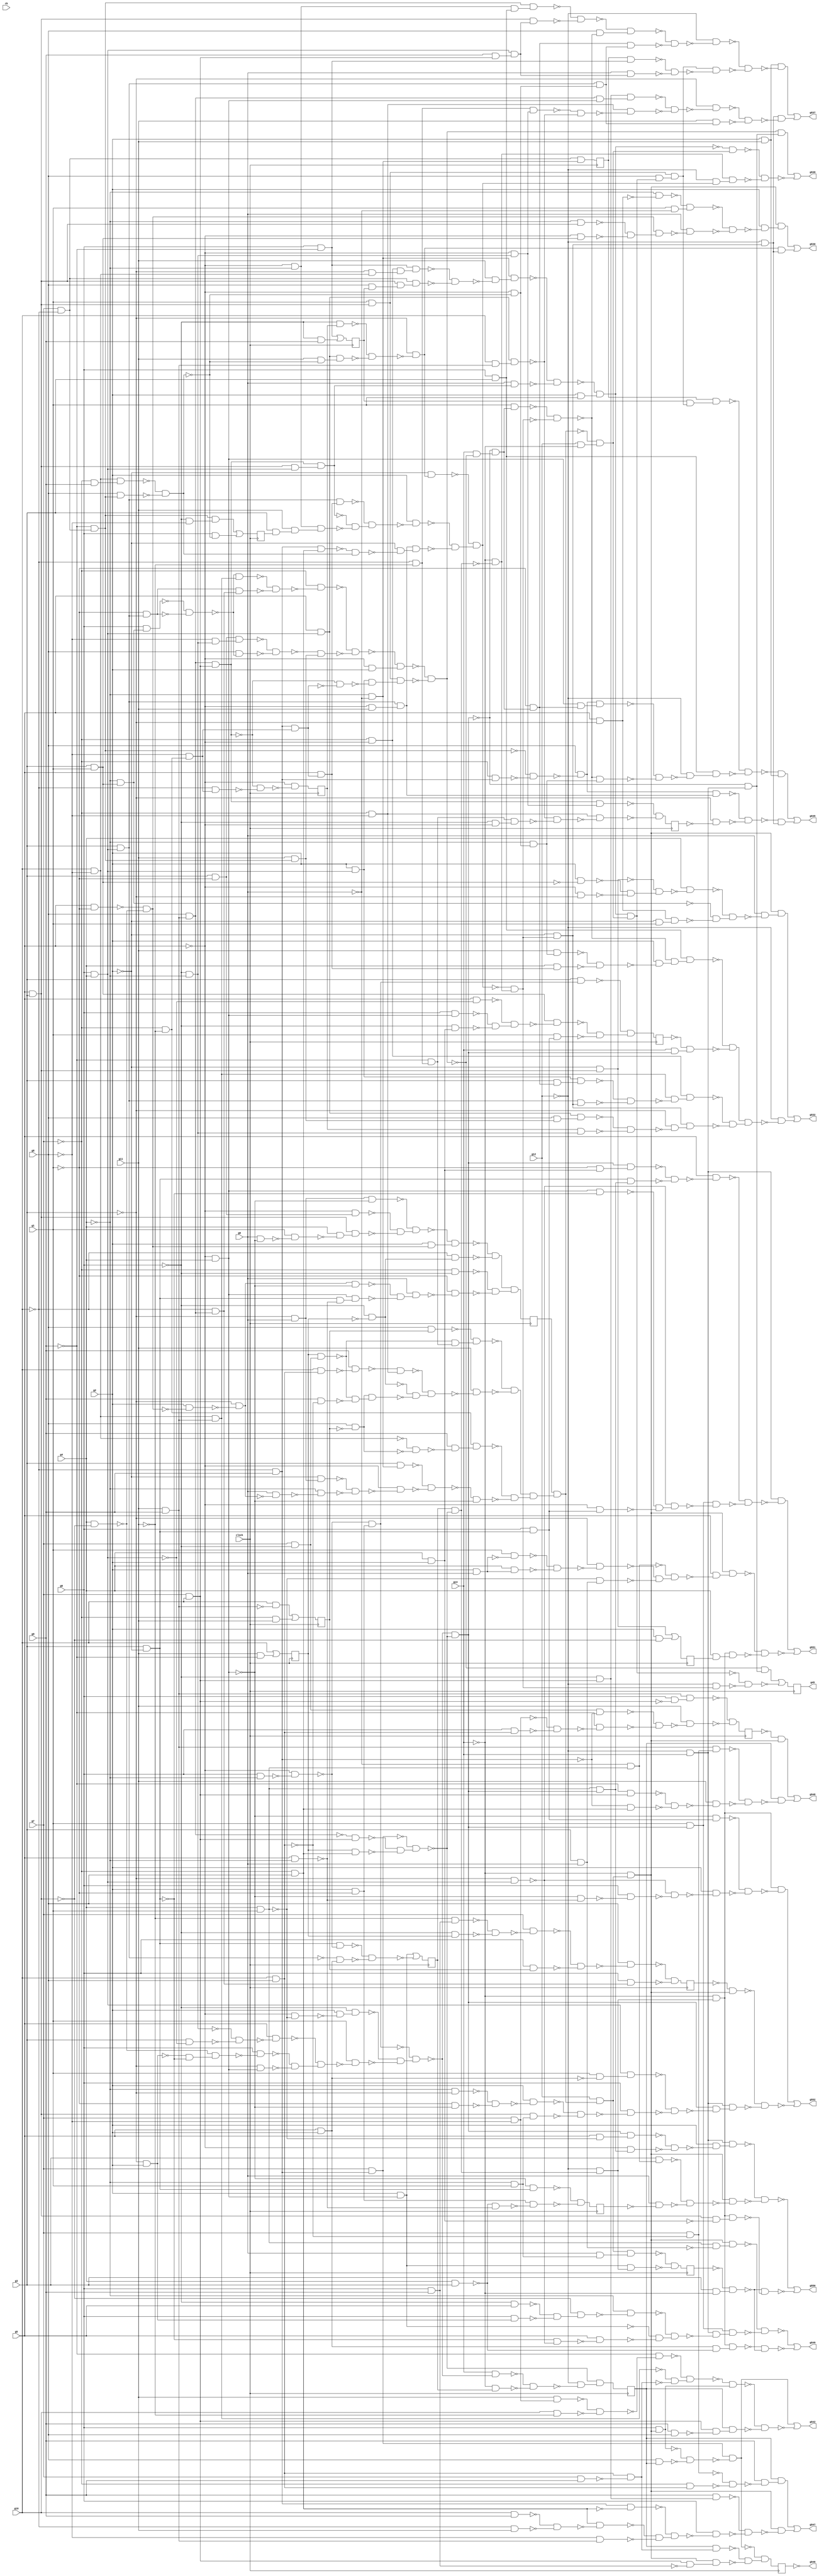
module top ( clock, 
    ck, g7, g6, g5, g4, g10, g3, g2, g12, g1, g11, g0, g13, g9, g8,
    g535, g546, g537, g548, g547, g539, g549, g551, g530, g552, g542, g532,
    g550, g45  );
  input  clock;
  input  ck, g7, g6, g5, g4, g10, g3, g2, g12, g1, g11, g0, g13, g9, g8;
  output g535, g546, g537, g548, g547, g539, g549, g551, g530, g552, g542,
    g532, g550, g45;
  reg ng38, ng39, ng36, ng35, ng37, ng42, ng43, ng40, ng41, ng30, ng46,
    ng29, ng44, ng45, ng34, ng33, ng32, ng31;
  wire new_n84_, new_n85_1_, new_n86_, new_n87_, new_n88_, new_n89_,
    new_n90_1_, new_n91_, new_n92_, new_n93_, new_n94_, new_n95_1_,
    new_n96_, new_n97_, new_n98_, new_n99_, new_n100_1_, new_n101_,
    new_n102_, new_n103_, new_n104_, new_n105_1_, new_n106_, new_n107_,
    new_n108_, new_n109_, new_n110_1_, new_n111_, new_n112_, new_n113_,
    new_n114_, new_n115_1_, new_n116_, new_n117_, new_n118_, new_n119_,
    new_n120_1_, new_n121_, new_n122_, new_n123_, new_n124_, new_n125_1_,
    new_n126_, new_n127_, new_n128_, new_n129_, new_n130_1_, new_n131_,
    new_n132_, new_n133_, new_n134_, new_n135_1_, new_n136_, new_n137_,
    new_n138_, new_n139_, new_n140_1_, new_n141_, new_n142_, new_n143_,
    new_n144_, new_n145_1_, new_n146_, new_n147_, new_n148_, new_n149_,
    new_n150_, new_n151_, new_n152_, new_n153_, new_n154_, new_n155_,
    new_n156_, new_n157_, new_n158_, new_n159_, new_n160_, new_n161_,
    new_n162_, new_n163_, new_n164_, new_n165_, new_n166_, new_n167_,
    new_n168_, new_n169_, new_n170_, new_n171_, new_n172_, new_n173_,
    new_n174_, new_n175_, new_n176_, new_n177_, new_n178_, new_n179_,
    new_n180_, new_n181_, new_n182_, new_n183_, new_n184_, new_n185_,
    new_n186_, new_n187_, new_n188_, new_n189_, new_n190_, new_n191_,
    new_n192_, new_n193_, new_n194_, new_n195_, new_n196_, new_n197_,
    new_n198_, new_n199_, new_n200_, new_n201_, new_n202_, new_n203_,
    new_n204_, new_n205_, new_n206_, new_n207_, new_n208_, new_n209_,
    new_n210_, new_n211_, new_n212_, new_n213_, new_n214_, new_n215_,
    new_n216_, new_n217_, new_n218_, new_n219_, new_n220_, new_n221_,
    new_n222_, new_n223_, new_n224_, new_n225_, new_n226_, new_n227_,
    new_n228_, new_n229_, new_n230_, new_n231_, new_n232_, new_n233_,
    new_n234_, new_n235_, new_n236_, new_n237_, new_n238_, new_n239_,
    new_n240_, new_n241_, new_n242_, new_n243_, new_n244_, new_n245_,
    new_n246_, new_n247_, new_n248_, new_n249_, new_n250_, new_n251_,
    new_n252_, new_n253_, new_n254_, new_n255_, new_n256_, new_n257_,
    new_n258_, new_n259_, new_n260_, new_n261_, new_n262_, new_n263_,
    new_n264_, new_n265_, new_n266_, new_n267_, new_n268_, new_n269_,
    new_n270_, new_n271_, new_n272_, new_n273_, new_n274_, new_n275_,
    new_n276_, new_n277_, new_n278_, new_n280_, new_n281_, new_n282_,
    new_n283_, new_n284_, new_n285_, new_n286_, new_n287_, new_n288_,
    new_n289_, new_n290_, new_n291_, new_n292_, new_n293_, new_n294_,
    new_n295_, new_n296_, new_n297_, new_n298_, new_n299_, new_n300_,
    new_n301_, new_n302_, new_n303_, new_n304_, new_n305_, new_n306_,
    new_n307_, new_n308_, new_n309_, new_n310_, new_n311_, new_n313_,
    new_n314_, new_n315_, new_n316_, new_n317_, new_n318_, new_n319_,
    new_n320_, new_n321_, new_n322_, new_n323_, new_n325_, new_n326_,
    new_n327_, new_n328_, new_n329_, new_n330_, new_n331_, new_n332_,
    new_n333_, new_n334_, new_n335_, new_n336_, new_n337_, new_n338_,
    new_n339_, new_n340_, new_n342_, new_n343_, new_n344_, new_n345_,
    new_n346_, new_n347_, new_n348_, new_n350_, new_n351_, new_n352_,
    new_n353_, new_n354_, new_n355_, new_n356_, new_n357_, new_n358_,
    new_n359_, new_n360_, new_n361_, new_n362_, new_n363_, new_n364_,
    new_n365_, new_n366_, new_n367_, new_n368_, new_n369_, new_n370_,
    new_n371_, new_n372_, new_n373_, new_n374_, new_n375_, new_n376_,
    new_n378_, new_n379_, new_n380_, new_n381_, new_n382_, new_n383_,
    new_n384_, new_n385_, new_n386_, new_n387_, new_n388_, new_n389_,
    new_n390_, new_n391_, new_n392_, new_n393_, new_n394_, new_n395_,
    new_n396_, new_n397_, new_n398_, new_n399_, new_n400_, new_n401_,
    new_n402_, new_n403_, new_n404_, new_n405_, new_n406_, new_n408_,
    new_n409_, new_n410_, new_n411_, new_n412_, new_n413_, new_n414_,
    new_n415_, new_n416_, new_n417_, new_n418_, new_n419_, new_n420_,
    new_n422_, new_n423_, new_n424_, new_n425_, new_n426_, new_n427_,
    new_n428_, new_n429_, new_n430_, new_n431_, new_n432_, new_n433_,
    new_n434_, new_n435_, new_n436_, new_n437_, new_n438_, new_n439_,
    new_n440_, new_n441_, new_n442_, new_n443_, new_n444_, new_n446_,
    new_n447_, new_n448_, new_n449_, new_n450_, new_n451_, new_n452_,
    new_n453_, new_n454_, new_n455_, new_n456_, new_n457_, new_n458_,
    new_n459_, new_n460_, new_n461_, new_n462_, new_n463_, new_n465_,
    new_n466_, new_n467_, new_n468_, new_n469_, new_n470_, new_n471_,
    new_n472_, new_n473_, new_n474_, new_n475_, new_n476_, new_n477_,
    new_n478_, new_n479_, new_n480_, new_n481_, new_n482_, new_n483_,
    new_n484_, new_n485_, new_n486_, new_n487_, new_n488_, new_n489_,
    new_n490_, new_n491_, new_n492_, new_n493_, new_n494_, new_n495_,
    new_n496_, new_n497_, new_n498_, new_n499_, new_n500_, new_n502_,
    new_n503_, new_n504_, new_n505_, new_n506_, new_n507_, new_n508_,
    new_n509_, new_n510_, new_n511_, new_n512_, new_n513_, new_n514_,
    new_n515_, new_n518_, new_n520_, new_n521_, new_n523_, new_n524_,
    new_n525_, new_n527_, new_n529_, new_n530_, new_n531_, new_n532_,
    new_n533_, new_n534_, new_n535_, new_n536_, new_n538_, new_n539_,
    new_n540_, new_n541_, new_n542_, new_n543_, new_n544_, new_n545_,
    new_n546_, new_n548_, new_n549_, new_n550_, new_n551_, new_n552_,
    new_n553_, new_n554_, new_n555_, new_n556_, new_n558_, new_n559_,
    new_n560_, new_n561_, new_n563_, new_n565_, new_n566_, new_n567_,
    new_n568_, new_n569_, new_n570_, new_n571_, new_n572_, new_n573_,
    new_n574_, new_n575_, new_n576_, new_n577_, new_n578_, new_n579_,
    new_n580_, new_n581_, new_n582_, new_n583_, new_n584_, new_n586_,
    new_n587_, new_n588_, new_n590_, new_n591_, new_n592_, new_n593_,
    new_n594_, new_n596_, new_n597_, new_n598_, new_n600_, new_n601_,
    new_n602_, new_n603_, new_n605_, new_n606_, new_n607_, new_n609_,
    new_n610_, new_n611_, new_n613_, new_n614_, n60, n65, n70, n75, n80,
    n85, n90, n95, n100, n105, n110, n115, n120, n125, n130, n135, n140,
    n145;
  assign new_n84_ = g10 & ~g8;
  assign new_n85_1_ = ~g7 & ~g5;
  assign new_n86_ = g6 & ~g9;
  assign new_n87_ = ~g3 & new_n84_;
  assign new_n88_ = new_n85_1_ & new_n87_;
  assign new_n89_ = new_n86_ & new_n88_;
  assign new_n90_1_ = g5 & g3;
  assign new_n91_ = g7 & ~g10;
  assign new_n92_ = g8 & ng37;
  assign new_n93_ = new_n90_1_ & new_n92_;
  assign new_n94_ = new_n91_ & new_n93_;
  assign new_n95_1_ = ~new_n89_ & ~new_n94_;
  assign new_n96_ = ~g4 & ~g0;
  assign new_n97_ = g11 & ~new_n95_1_;
  assign new_n98_ = new_n96_ & new_n97_;
  assign new_n99_ = g6 & g4;
  assign new_n100_1_ = g11 & g9;
  assign new_n101_ = g8 & new_n100_1_;
  assign new_n102_ = g7 & g10;
  assign new_n103_ = new_n101_ & new_n102_;
  assign new_n104_ = new_n90_1_ & new_n99_;
  assign new_n105_1_ = new_n103_ & new_n104_;
  assign new_n106_ = g0 & new_n105_1_;
  assign new_n107_ = ~new_n98_ & ~new_n106_;
  assign new_n108_ = g2 & g1;
  assign new_n109_ = ~new_n107_ & new_n108_;
  assign new_n110_1_ = g7 & ~g6;
  assign new_n111_ = ng30 & new_n110_1_;
  assign new_n112_ = ~g10 & ~g11;
  assign new_n113_ = ~g9 & new_n112_;
  assign new_n114_ = g8 & ng31;
  assign new_n115_1_ = ~new_n111_ & new_n113_;
  assign new_n116_ = ~new_n114_ & new_n115_1_;
  assign new_n117_ = ~g6 & ~ng30;
  assign new_n118_ = g10 & g8;
  assign new_n119_ = g9 & ~new_n118_;
  assign new_n120_1_ = g8 & ~ng31;
  assign new_n121_ = ~new_n111_ & ~new_n119_;
  assign new_n122_ = new_n120_1_ & new_n121_;
  assign new_n123_ = g10 & new_n118_;
  assign new_n124_ = g9 & ~new_n123_;
  assign new_n125_1_ = ~g7 & ~g8;
  assign new_n126_ = ~new_n124_ & new_n125_1_;
  assign new_n127_ = ~new_n117_ & ~new_n122_;
  assign new_n128_ = ~new_n126_ & new_n127_;
  assign new_n129_ = g11 & ~new_n128_;
  assign new_n130_1_ = ~new_n84_ & ~new_n120_1_;
  assign new_n131_ = ~g7 & ~g11;
  assign new_n132_ = g9 & ~new_n130_1_;
  assign new_n133_ = new_n131_ & new_n132_;
  assign new_n134_ = g3 & new_n96_;
  assign new_n135_1_ = ~g3 & g0;
  assign new_n136_ = ~g2 & new_n135_1_;
  assign new_n137_ = g5 & ~g1;
  assign new_n138_ = g4 & ~new_n90_1_;
  assign new_n139_ = ~new_n137_ & ~new_n138_;
  assign new_n140_1_ = g2 & ~new_n139_;
  assign new_n141_ = ~g3 & ~new_n140_1_;
  assign new_n142_ = g0 & ~new_n141_;
  assign new_n143_ = ~g4 & ~new_n142_;
  assign new_n144_ = ~new_n136_ & ~new_n143_;
  assign new_n145_1_ = ~g5 & ~new_n144_;
  assign new_n146_ = ~new_n134_ & ~new_n145_1_;
  assign new_n147_ = ~g5 & g4;
  assign new_n148_ = ~new_n146_ & ~new_n147_;
  assign new_n149_ = ~new_n116_ & ~new_n129_;
  assign new_n150_ = ~new_n133_ & ~new_n148_;
  assign new_n151_ = new_n149_ & new_n150_;
  assign new_n152_ = ng46 & new_n151_;
  assign new_n153_ = g12 & ~g13;
  assign new_n154_ = ~new_n152_ & new_n153_;
  assign new_n155_ = new_n109_ & new_n154_;
  assign new_n156_ = g1 & new_n90_1_;
  assign new_n157_ = g8 & new_n155_;
  assign new_n158_ = new_n156_ & new_n157_;
  assign new_n159_ = ng37 & new_n158_;
  assign new_n160_ = ng38 & new_n159_;
  assign new_n161_ = g3 & g1;
  assign new_n162_ = ~g4 & new_n161_;
  assign new_n163_ = g6 & new_n162_;
  assign new_n164_ = g3 & new_n99_;
  assign new_n165_ = ~g1 & new_n164_;
  assign new_n166_ = ~new_n163_ & ~new_n165_;
  assign new_n167_ = new_n84_ & new_n100_1_;
  assign new_n168_ = ~new_n166_ & new_n167_;
  assign new_n169_ = ~g10 & new_n101_;
  assign new_n170_ = new_n165_ & new_n169_;
  assign new_n171_ = ~new_n168_ & ~new_n170_;
  assign new_n172_ = ~g7 & ~new_n171_;
  assign new_n173_ = ~g6 & ~g4;
  assign new_n174_ = g3 & ~g1;
  assign new_n175_ = ~g8 & new_n173_;
  assign new_n176_ = new_n174_ & new_n175_;
  assign new_n177_ = g8 & ~new_n166_;
  assign new_n178_ = ~new_n176_ & ~new_n177_;
  assign new_n179_ = ~g9 & new_n91_;
  assign new_n180_ = g11 & new_n179_;
  assign new_n181_ = ~new_n178_ & new_n180_;
  assign new_n182_ = ~new_n172_ & ~new_n181_;
  assign new_n183_ = ~g5 & g2;
  assign new_n184_ = ~new_n182_ & new_n183_;
  assign new_n185_ = g2 & new_n99_;
  assign new_n186_ = ~g10 & g9;
  assign new_n187_ = ~g8 & new_n131_;
  assign new_n188_ = new_n186_ & new_n187_;
  assign new_n189_ = ~new_n103_ & ~new_n188_;
  assign new_n190_ = new_n185_ & ~new_n189_;
  assign new_n191_ = new_n156_ & new_n190_;
  assign new_n192_ = ~new_n184_ & ~new_n191_;
  assign new_n193_ = g4 & g1;
  assign new_n194_ = ~g5 & ~new_n193_;
  assign new_n195_ = g2 & ~new_n194_;
  assign new_n196_ = ~g6 & new_n195_;
  assign new_n197_ = ~g3 & g2;
  assign new_n198_ = g3 & ~g2;
  assign new_n199_ = ~new_n197_ & ~new_n198_;
  assign new_n200_ = ~new_n138_ & new_n199_;
  assign new_n201_ = g6 & ~new_n200_;
  assign new_n202_ = ~g3 & new_n147_;
  assign new_n203_ = g3 & ~new_n99_;
  assign new_n204_ = ~new_n173_ & ~new_n203_;
  assign new_n205_ = g5 & ~new_n204_;
  assign new_n206_ = ~new_n201_ & ~new_n202_;
  assign new_n207_ = ~new_n205_ & new_n206_;
  assign new_n208_ = g1 & ~new_n207_;
  assign new_n209_ = g6 & ~g4;
  assign new_n210_ = ~g5 & ~new_n209_;
  assign new_n211_ = g2 & ~g1;
  assign new_n212_ = ~new_n210_ & new_n211_;
  assign new_n213_ = ~new_n196_ & ~new_n208_;
  assign new_n214_ = ~new_n212_ & new_n213_;
  assign new_n215_ = ~new_n101_ & new_n102_;
  assign new_n216_ = ~g7 & g8;
  assign new_n217_ = ng30 & new_n216_;
  assign new_n218_ = g7 & new_n186_;
  assign new_n219_ = ~new_n215_ & ~new_n217_;
  assign new_n220_ = ~new_n218_ & new_n219_;
  assign new_n221_ = ~new_n214_ & ~new_n220_;
  assign new_n222_ = g13 & ~new_n192_;
  assign new_n223_ = ~new_n221_ & new_n222_;
  assign new_n224_ = ~g1 & new_n223_;
  assign new_n225_ = ~g7 & new_n186_;
  assign new_n226_ = ~new_n179_ & ~new_n225_;
  assign new_n227_ = g8 & ~new_n226_;
  assign new_n228_ = new_n147_ & new_n224_;
  assign new_n229_ = new_n227_ & new_n228_;
  assign new_n230_ = g1 & new_n223_;
  assign new_n231_ = ~g5 & ~g4;
  assign new_n232_ = g3 & ng35;
  assign new_n233_ = g11 & new_n232_;
  assign new_n234_ = new_n231_ & new_n233_;
  assign new_n235_ = g5 & new_n188_;
  assign new_n236_ = new_n164_ & new_n235_;
  assign new_n237_ = ~new_n105_1_ & ~new_n234_;
  assign new_n238_ = ~new_n236_ & new_n237_;
  assign new_n239_ = g2 & ~new_n238_;
  assign new_n240_ = new_n186_ & new_n216_;
  assign new_n241_ = ~g7 & g9;
  assign new_n242_ = new_n84_ & new_n241_;
  assign new_n243_ = g8 & new_n179_;
  assign new_n244_ = ~new_n242_ & ~new_n243_;
  assign new_n245_ = ~new_n240_ & new_n244_;
  assign new_n246_ = ~g5 & g11;
  assign new_n247_ = new_n164_ & new_n246_;
  assign new_n248_ = ~g2 & ~new_n245_;
  assign new_n249_ = new_n247_ & new_n248_;
  assign new_n250_ = ~g6 & ng36;
  assign new_n251_ = g5 & new_n99_;
  assign new_n252_ = g11 & ~new_n244_;
  assign new_n253_ = new_n251_ & new_n252_;
  assign new_n254_ = ~new_n250_ & ~new_n253_;
  assign new_n255_ = ~g3 & ~new_n254_;
  assign new_n256_ = ~g2 & new_n255_;
  assign new_n257_ = ~new_n239_ & ~new_n249_;
  assign new_n258_ = ~new_n256_ & new_n257_;
  assign new_n259_ = ng32 & ~new_n220_;
  assign new_n260_ = ~g13 & ~new_n259_;
  assign new_n261_ = ~new_n258_ & new_n260_;
  assign new_n262_ = ~new_n230_ & ~new_n261_;
  assign new_n263_ = ~g5 & ~new_n244_;
  assign new_n264_ = ~g4 & new_n263_;
  assign new_n265_ = ~new_n262_ & new_n264_;
  assign new_n266_ = ~new_n229_ & ~new_n265_;
  assign new_n267_ = g6 & g3;
  assign new_n268_ = ~g12 & ~new_n266_;
  assign new_n269_ = new_n267_ & new_n268_;
  assign new_n270_ = ~new_n160_ & ~new_n269_;
  assign new_n271_ = g2 & g11;
  assign new_n272_ = ~new_n270_ & new_n271_;
  assign new_n273_ = new_n227_ & new_n247_;
  assign new_n274_ = ~g3 & ~ng44;
  assign new_n275_ = ~new_n273_ & ~new_n274_;
  assign new_n276_ = ~g2 & new_n261_;
  assign new_n277_ = ~g12 & new_n276_;
  assign new_n278_ = ~new_n275_ & new_n277_;
  assign g535 = new_n272_ | new_n278_;
  assign new_n280_ = new_n231_ & new_n267_;
  assign new_n281_ = new_n179_ & new_n280_;
  assign new_n282_ = g9 & new_n102_;
  assign new_n283_ = new_n99_ & new_n282_;
  assign new_n284_ = new_n90_1_ & new_n283_;
  assign new_n285_ = ~new_n281_ & ~new_n284_;
  assign new_n286_ = g8 & ~new_n262_;
  assign new_n287_ = ~new_n285_ & new_n286_;
  assign new_n288_ = new_n164_ & new_n263_;
  assign new_n289_ = new_n224_ & new_n288_;
  assign new_n290_ = ~new_n287_ & ~new_n289_;
  assign new_n291_ = ~g12 & ~new_n290_;
  assign new_n292_ = ng38 & new_n86_;
  assign new_n293_ = g0 & new_n283_;
  assign new_n294_ = ~new_n292_ & ~new_n293_;
  assign new_n295_ = new_n158_ & ~new_n294_;
  assign new_n296_ = ~new_n291_ & ~new_n295_;
  assign new_n297_ = new_n271_ & ~new_n296_;
  assign new_n298_ = ~g6 & new_n102_;
  assign new_n299_ = new_n101_ & new_n147_;
  assign new_n300_ = new_n298_ & new_n299_;
  assign new_n301_ = ~g5 & new_n173_;
  assign new_n302_ = new_n112_ & new_n301_;
  assign new_n303_ = g10 & new_n100_1_;
  assign new_n304_ = new_n251_ & new_n303_;
  assign new_n305_ = ~new_n302_ & ~new_n304_;
  assign new_n306_ = new_n125_1_ & ~new_n305_;
  assign new_n307_ = ~new_n300_ & ~new_n306_;
  assign new_n308_ = ~g3 & ~new_n307_;
  assign new_n309_ = g11 & new_n288_;
  assign new_n310_ = ~new_n308_ & ~new_n309_;
  assign new_n311_ = new_n277_ & ~new_n310_;
  assign g537 = new_n297_ | new_n311_;
  assign new_n313_ = g12 & new_n152_;
  assign new_n314_ = ~g13 & new_n313_;
  assign new_n315_ = ~ng42 & new_n314_;
  assign new_n316_ = g7 & ~new_n118_;
  assign new_n317_ = new_n100_1_ & new_n316_;
  assign new_n318_ = ~g9 & new_n102_;
  assign new_n319_ = ~new_n186_ & new_n216_;
  assign new_n320_ = ~new_n318_ & ~new_n319_;
  assign new_n321_ = g11 & ~new_n320_;
  assign new_n322_ = ~new_n317_ & ~new_n321_;
  assign new_n323_ = ng34 & ~new_n322_;
  assign g548 = new_n315_ | new_n323_;
  assign new_n325_ = ~g7 & new_n118_;
  assign new_n326_ = ~new_n316_ & ~new_n325_;
  assign new_n327_ = g9 & ~new_n326_;
  assign new_n328_ = ng34 & new_n327_;
  assign new_n329_ = g9 & new_n298_;
  assign new_n330_ = g10 & g9;
  assign new_n331_ = ~g10 & g11;
  assign new_n332_ = ~new_n330_ & ~new_n331_;
  assign new_n333_ = new_n216_ & ~new_n332_;
  assign new_n334_ = ~g8 & new_n100_1_;
  assign new_n335_ = new_n186_ & ~new_n216_;
  assign new_n336_ = ~new_n333_ & ~new_n334_;
  assign new_n337_ = ~new_n335_ & new_n336_;
  assign new_n338_ = g6 & ~new_n337_;
  assign new_n339_ = ~new_n329_ & ~new_n338_;
  assign new_n340_ = new_n314_ & ~new_n339_;
  assign g547 = new_n328_ | new_n340_;
  assign new_n342_ = ~new_n109_ & new_n154_;
  assign new_n343_ = ~g12 & new_n258_;
  assign new_n344_ = new_n260_ & new_n343_;
  assign new_n345_ = ~g12 & g13;
  assign new_n346_ = ~new_n221_ & new_n345_;
  assign new_n347_ = new_n192_ & new_n346_;
  assign new_n348_ = ~new_n342_ & ~new_n344_;
  assign g539 = new_n347_ | ~new_n348_;
  assign new_n350_ = g3 & g0;
  assign new_n351_ = new_n193_ & ~new_n350_;
  assign new_n352_ = new_n314_ & new_n351_;
  assign new_n353_ = g2 & new_n147_;
  assign new_n354_ = ~g3 & new_n99_;
  assign new_n355_ = ~new_n198_ & ~new_n354_;
  assign new_n356_ = g5 & ~new_n355_;
  assign new_n357_ = ~g6 & g5;
  assign new_n358_ = g6 & new_n197_;
  assign new_n359_ = ~new_n357_ & ~new_n358_;
  assign new_n360_ = ~new_n90_1_ & new_n359_;
  assign new_n361_ = ~g4 & ~new_n360_;
  assign new_n362_ = ~new_n353_ & ~new_n356_;
  assign new_n363_ = ~new_n361_ & new_n362_;
  assign new_n364_ = g1 & new_n221_;
  assign new_n365_ = new_n345_ & ~new_n363_;
  assign new_n366_ = new_n364_ & new_n365_;
  assign new_n367_ = g5 & g2;
  assign new_n368_ = g4 & g3;
  assign new_n369_ = ~g12 & new_n259_;
  assign new_n370_ = ~g13 & new_n369_;
  assign new_n371_ = new_n367_ & ~new_n368_;
  assign new_n372_ = new_n370_ & new_n371_;
  assign new_n373_ = g3 & ~g13;
  assign new_n374_ = ~ng33 & new_n373_;
  assign new_n375_ = ~new_n352_ & ~new_n366_;
  assign new_n376_ = ~new_n372_ & ~new_n374_;
  assign g549 = ~new_n375_ | ~new_n376_;
  assign new_n378_ = g2 & g0;
  assign new_n379_ = g1 & ~new_n378_;
  assign new_n380_ = g4 & new_n378_;
  assign new_n381_ = ~new_n379_ & ~new_n380_;
  assign new_n382_ = ~g3 & ~new_n381_;
  assign new_n383_ = ~new_n193_ & new_n350_;
  assign new_n384_ = ~g0 & new_n193_;
  assign new_n385_ = ~new_n382_ & ~new_n383_;
  assign new_n386_ = ~new_n384_ & new_n385_;
  assign new_n387_ = g5 & ~new_n386_;
  assign new_n388_ = new_n314_ & new_n387_;
  assign new_n389_ = g4 & ng39;
  assign new_n390_ = new_n370_ & new_n389_;
  assign new_n391_ = g4 & g2;
  assign new_n392_ = ~g1 & new_n391_;
  assign new_n393_ = new_n221_ & new_n392_;
  assign new_n394_ = new_n193_ & new_n221_;
  assign new_n395_ = new_n198_ & new_n394_;
  assign new_n396_ = ~new_n393_ & ~new_n395_;
  assign new_n397_ = g5 & ~new_n396_;
  assign new_n398_ = new_n147_ & ~new_n198_;
  assign new_n399_ = g6 & new_n198_;
  assign new_n400_ = ~g5 & new_n399_;
  assign new_n401_ = ~new_n398_ & ~new_n400_;
  assign new_n402_ = ~new_n354_ & new_n401_;
  assign new_n403_ = new_n364_ & ~new_n402_;
  assign new_n404_ = ~new_n397_ & ~new_n403_;
  assign new_n405_ = new_n345_ & ~new_n404_;
  assign new_n406_ = ~new_n388_ & ~new_n390_;
  assign g551 = new_n405_ | ~new_n406_;
  assign new_n408_ = g5 & ~g3;
  assign new_n409_ = ~g4 & ~new_n408_;
  assign new_n410_ = g1 & ~g0;
  assign new_n411_ = ~new_n409_ & new_n410_;
  assign new_n412_ = ~g4 & new_n90_1_;
  assign new_n413_ = ~g5 & new_n161_;
  assign new_n414_ = ~new_n412_ & ~new_n413_;
  assign new_n415_ = new_n139_ & new_n414_;
  assign new_n416_ = g0 & ~new_n415_;
  assign new_n417_ = ~new_n411_ & ~new_n416_;
  assign new_n418_ = g2 & ~new_n417_;
  assign new_n419_ = new_n314_ & new_n418_;
  assign new_n420_ = new_n255_ & new_n277_;
  assign g530 = new_n419_ | new_n420_;
  assign new_n422_ = ~ng40 & new_n314_;
  assign new_n423_ = g1 & ~new_n367_;
  assign new_n424_ = new_n99_ & new_n423_;
  assign new_n425_ = ~g4 & ~g3;
  assign new_n426_ = ~g1 & ~new_n147_;
  assign new_n427_ = ~new_n425_ & ~new_n426_;
  assign new_n428_ = g2 & ~new_n427_;
  assign new_n429_ = ~g4 & g1;
  assign new_n430_ = new_n90_1_ & new_n429_;
  assign new_n431_ = ~new_n428_ & ~new_n430_;
  assign new_n432_ = g6 & ~new_n431_;
  assign new_n433_ = ~new_n424_ & ~new_n432_;
  assign new_n434_ = new_n221_ & ~new_n433_;
  assign new_n435_ = new_n345_ & new_n434_;
  assign new_n436_ = ~new_n147_ & new_n399_;
  assign new_n437_ = g5 & ~g4;
  assign new_n438_ = ~new_n147_ & ~new_n437_;
  assign new_n439_ = g6 & ~new_n438_;
  assign new_n440_ = ~new_n354_ & ~new_n439_;
  assign new_n441_ = g2 & ~new_n440_;
  assign new_n442_ = ~new_n436_ & ~new_n441_;
  assign new_n443_ = new_n370_ & ~new_n442_;
  assign new_n444_ = ~new_n422_ & ~new_n435_;
  assign g552 = new_n443_ | ~new_n444_;
  assign new_n446_ = g7 & g9;
  assign new_n447_ = new_n118_ & ~new_n446_;
  assign new_n448_ = g7 & ~g8;
  assign new_n449_ = g11 & new_n448_;
  assign new_n450_ = g10 & ~g11;
  assign new_n451_ = ~new_n449_ & ~new_n450_;
  assign new_n452_ = ~g9 & ~new_n451_;
  assign new_n453_ = ~new_n167_ & ~new_n447_;
  assign new_n454_ = ~new_n452_ & new_n453_;
  assign new_n455_ = g6 & new_n314_;
  assign new_n456_ = ~new_n454_ & new_n455_;
  assign new_n457_ = g9 & g8;
  assign new_n458_ = new_n102_ & ~new_n457_;
  assign new_n459_ = ng34 & new_n458_;
  assign new_n460_ = g8 & ng34;
  assign new_n461_ = ~new_n455_ & ~new_n460_;
  assign new_n462_ = new_n218_ & ~new_n461_;
  assign new_n463_ = ~new_n456_ & ~new_n459_;
  assign g542 = new_n462_ | ~new_n463_;
  assign new_n465_ = ~g2 & g1;
  assign new_n466_ = new_n408_ & new_n465_;
  assign new_n467_ = g2 & ~new_n161_;
  assign new_n468_ = ~g5 & ~g3;
  assign new_n469_ = ~g2 & new_n90_1_;
  assign new_n470_ = ~new_n467_ & ~new_n468_;
  assign new_n471_ = ~new_n469_ & new_n470_;
  assign new_n472_ = g4 & ~new_n471_;
  assign new_n473_ = ~new_n162_ & ~new_n466_;
  assign new_n474_ = ~new_n472_ & new_n473_;
  assign new_n475_ = g0 & ~new_n474_;
  assign new_n476_ = new_n314_ & new_n475_;
  assign new_n477_ = g11 & new_n264_;
  assign new_n478_ = g4 & new_n235_;
  assign new_n479_ = ~new_n477_ & ~new_n478_;
  assign new_n480_ = g2 & ~new_n479_;
  assign new_n481_ = ~new_n262_ & new_n480_;
  assign new_n482_ = new_n267_ & new_n481_;
  assign new_n483_ = g13 & new_n221_;
  assign new_n484_ = ~ng43 & new_n483_;
  assign new_n485_ = g3 & new_n224_;
  assign new_n486_ = new_n185_ & new_n485_;
  assign new_n487_ = new_n164_ & new_n276_;
  assign new_n488_ = ~new_n486_ & ~new_n487_;
  assign new_n489_ = new_n167_ & ~new_n488_;
  assign new_n490_ = new_n85_1_ & new_n489_;
  assign new_n491_ = g8 & new_n180_;
  assign new_n492_ = new_n251_ & new_n491_;
  assign new_n493_ = ng36 & new_n173_;
  assign new_n494_ = ~new_n492_ & ~new_n493_;
  assign new_n495_ = ~g3 & ~new_n494_;
  assign new_n496_ = new_n276_ & new_n495_;
  assign new_n497_ = ~new_n482_ & ~new_n484_;
  assign new_n498_ = ~new_n490_ & ~new_n496_;
  assign new_n499_ = new_n497_ & new_n498_;
  assign new_n500_ = ~g12 & ~new_n499_;
  assign g532 = new_n476_ | new_n500_;
  assign new_n502_ = g5 & ~new_n193_;
  assign new_n503_ = new_n221_ & new_n502_;
  assign new_n504_ = ~g5 & new_n394_;
  assign new_n505_ = ~new_n503_ & ~new_n504_;
  assign new_n506_ = g2 & ~new_n505_;
  assign new_n507_ = new_n345_ & new_n506_;
  assign new_n508_ = g3 & new_n384_;
  assign new_n509_ = g0 & ~ng29;
  assign new_n510_ = ~new_n508_ & ~new_n509_;
  assign new_n511_ = new_n314_ & ~new_n510_;
  assign new_n512_ = new_n90_1_ & ~new_n391_;
  assign new_n513_ = new_n370_ & new_n512_;
  assign new_n514_ = ~new_n507_ & ~new_n511_;
  assign new_n515_ = ~new_n374_ & ~new_n513_;
  assign g550 = ~new_n514_ | ~new_n515_;
  assign n60 = new_n91_ & new_n96_;
  assign new_n518_ = g2 & ~new_n90_1_;
  assign n65 = new_n469_ | new_n518_;
  assign new_n520_ = ~g10 & new_n187_;
  assign new_n521_ = ~new_n103_ & ~new_n520_;
  assign n70 = ~g5 & ~new_n521_;
  assign new_n523_ = ~g6 & ~g8;
  assign new_n524_ = new_n179_ & new_n523_;
  assign new_n525_ = g6 & ~new_n244_;
  assign n75 = new_n524_ | new_n525_;
  assign new_n527_ = ~g6 & g9;
  assign n80 = new_n86_ | new_n527_;
  assign new_n529_ = g6 & ~new_n102_;
  assign new_n530_ = new_n100_1_ & new_n529_;
  assign new_n531_ = new_n110_1_ & ~new_n186_;
  assign new_n532_ = g6 & new_n118_;
  assign new_n533_ = ~new_n448_ & ~new_n532_;
  assign new_n534_ = ~g9 & ~new_n533_;
  assign new_n535_ = ~new_n531_ & ~new_n534_;
  assign new_n536_ = g11 & ~new_n535_;
  assign n85 = ~new_n530_ & ~new_n536_;
  assign new_n538_ = g6 & new_n147_;
  assign new_n539_ = ~g6 & new_n391_;
  assign new_n540_ = g5 & ~new_n99_;
  assign new_n541_ = ~new_n538_ & ~new_n539_;
  assign new_n542_ = ~new_n540_ & new_n541_;
  assign new_n543_ = new_n161_ & ~new_n542_;
  assign new_n544_ = g1 & new_n399_;
  assign new_n545_ = g3 & new_n212_;
  assign new_n546_ = ~new_n543_ & ~new_n544_;
  assign n90 = ~new_n545_ & new_n546_;
  assign new_n548_ = g6 & g9;
  assign new_n549_ = ~g11 & new_n548_;
  assign new_n550_ = ~g6 & ng30;
  assign new_n551_ = ~new_n549_ & ~new_n550_;
  assign new_n552_ = g7 & ~new_n551_;
  assign new_n553_ = g6 & ng31;
  assign new_n554_ = ~new_n552_ & ~new_n553_;
  assign new_n555_ = g8 & ~new_n554_;
  assign new_n556_ = g6 & new_n169_;
  assign n95 = ~new_n555_ & ~new_n556_;
  assign new_n558_ = ng34 & new_n447_;
  assign new_n559_ = new_n102_ & ~new_n548_;
  assign new_n560_ = new_n314_ & new_n559_;
  assign new_n561_ = ~new_n558_ & ~new_n560_;
  assign n100 = ~new_n462_ & new_n561_;
  assign new_n563_ = g11 & ~g9;
  assign n105 = g10 | new_n563_;
  assign new_n565_ = ~g5 & new_n174_;
  assign new_n566_ = g0 & ~new_n147_;
  assign new_n567_ = g1 & ~new_n566_;
  assign new_n568_ = g4 & ~new_n567_;
  assign new_n569_ = new_n90_1_ & new_n568_;
  assign new_n570_ = new_n135_1_ & ~new_n147_;
  assign new_n571_ = ~new_n565_ & ~new_n569_;
  assign new_n572_ = ~new_n570_ & new_n571_;
  assign new_n573_ = g2 & new_n139_;
  assign new_n574_ = ~new_n572_ & new_n573_;
  assign new_n575_ = ~g10 & new_n117_;
  assign new_n576_ = ~g7 & ~g6;
  assign new_n577_ = new_n141_ & ~new_n147_;
  assign new_n578_ = new_n198_ & ~new_n437_;
  assign new_n579_ = new_n147_ & new_n578_;
  assign new_n580_ = ~new_n577_ & ~new_n579_;
  assign new_n581_ = g0 & new_n580_;
  assign new_n582_ = ~g1 & ~new_n581_;
  assign new_n583_ = ~new_n574_ & ~new_n575_;
  assign new_n584_ = ~new_n576_ & ~new_n582_;
  assign n110 = new_n583_ & new_n584_;
  assign new_n586_ = ~new_n147_ & new_n198_;
  assign new_n587_ = ~new_n368_ & ~new_n437_;
  assign new_n588_ = new_n211_ & ~new_n587_;
  assign n115 = ~new_n586_ & ~new_n588_;
  assign new_n590_ = new_n103_ & new_n301_;
  assign new_n591_ = ~g6 & ~g5;
  assign new_n592_ = new_n113_ & new_n591_;
  assign new_n593_ = ~new_n304_ & ~new_n592_;
  assign new_n594_ = new_n125_1_ & ~new_n593_;
  assign n120 = ~new_n590_ & ~new_n594_;
  assign new_n596_ = ~g12 & new_n261_;
  assign new_n597_ = ~new_n192_ & new_n346_;
  assign new_n598_ = ~new_n155_ & ~new_n596_;
  assign n125 = new_n597_ | ~new_n598_;
  assign new_n600_ = g13 & ~new_n214_;
  assign new_n601_ = ~g13 & ng32;
  assign new_n602_ = ~new_n600_ & ~new_n601_;
  assign new_n603_ = ~g12 & ~new_n602_;
  assign n130 = ~new_n220_ & new_n603_;
  assign new_n605_ = g0 & new_n429_;
  assign new_n606_ = new_n313_ & new_n605_;
  assign new_n607_ = new_n353_ & new_n369_;
  assign n135 = ~new_n606_ & ~new_n607_;
  assign new_n609_ = new_n198_ & ~new_n210_;
  assign new_n610_ = ~new_n164_ & new_n367_;
  assign new_n611_ = ~new_n609_ & ~new_n610_;
  assign n140 = new_n353_ | ~new_n611_;
  assign new_n613_ = g10 & ~new_n100_1_;
  assign new_n614_ = ~g7 & g11;
  assign n145 = new_n613_ | new_n614_;
  assign g546 = ~ng41;
  assign g45 = ng45;
  always @ (posedge clock) begin
    ng38 <= n60;
    ng39 <= n65;
    ng36 <= n70;
    ng35 <= n75;
    ng37 <= n80;
    ng42 <= n85;
    ng43 <= n90;
    ng40 <= n95;
    ng41 <= n100;
    ng30 <= n105;
    ng46 <= n110;
    ng29 <= n115;
    ng44 <= n120;
    ng45 <= n125;
    ng34 <= n130;
    ng33 <= n135;
    ng32 <= n140;
    ng31 <= n145;
  end
endmodule